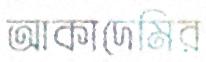
আকাদেমির